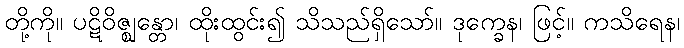
တို့ကို။ ပဋိဝိဇ္ဈန္တော၊ ထိုးထွင်း၍ သိသည်ရှိသော်။ ဒုက္ခေန၊ ဖြင့်။ ကသိရေန၊